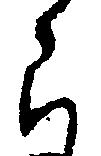
ら